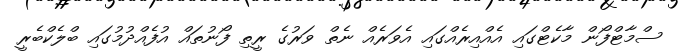
ސްމާޓްފޯން މާކެޓްގައި އެއްއިރެއްގައި އެވަރެއް ނެތް ވަރުގެ ރީތި ފޯނުތައް އުފެއްދުމުގައި ބްލެކްބެރީ